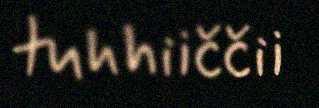
tuhhiiččii